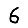
Digit: 6